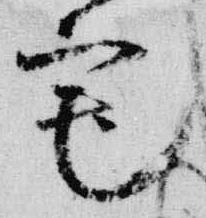
宅